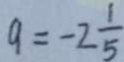
9 = - 2 \frac { 1 } { 5 }